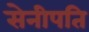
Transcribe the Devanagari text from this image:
सेनीपति